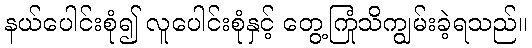
နယ်ပေါင်းစုံ၍ လူပေါင်းစုံနှင့် တွေ့ကြုံသိကျွမ်းခဲ့ရသည်။